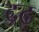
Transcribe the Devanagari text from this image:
द्रढ़